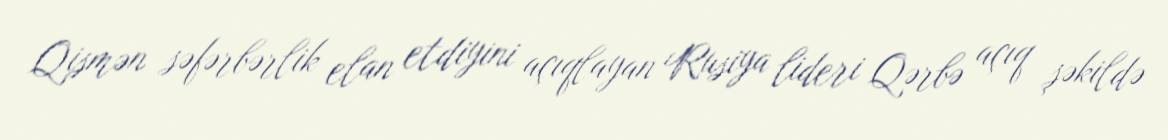
Qismən səfərbərlik elan etdiyini açıqlayan Rusiya lideri Qərbə açıq şəkildə